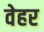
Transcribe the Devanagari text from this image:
वेहर